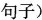
句子)